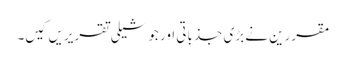
مقررین نے بڑی جذباتی اور جوشیلی تقریریں کیں۔